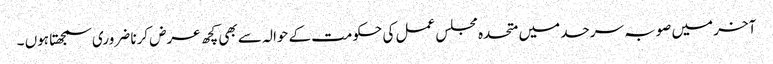
آخر میں صوبہ سرحد میں متحدہ مجلس عمل کی حکومت کے حوالہ سے بھی کچھ عرض کرنا ضروری سمجھتا ہوں ۔